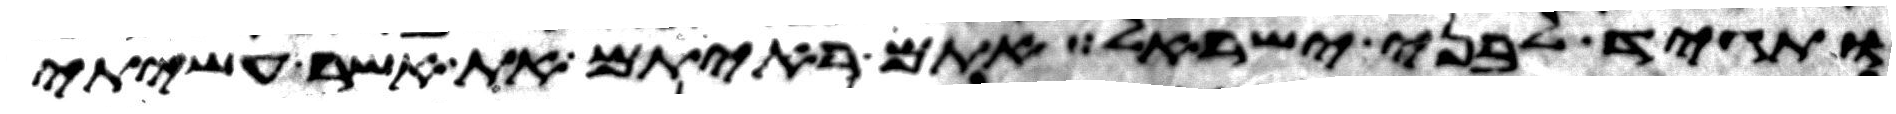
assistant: ותגיד לבני ישראל אתם ראיתם את אשר עשיתי